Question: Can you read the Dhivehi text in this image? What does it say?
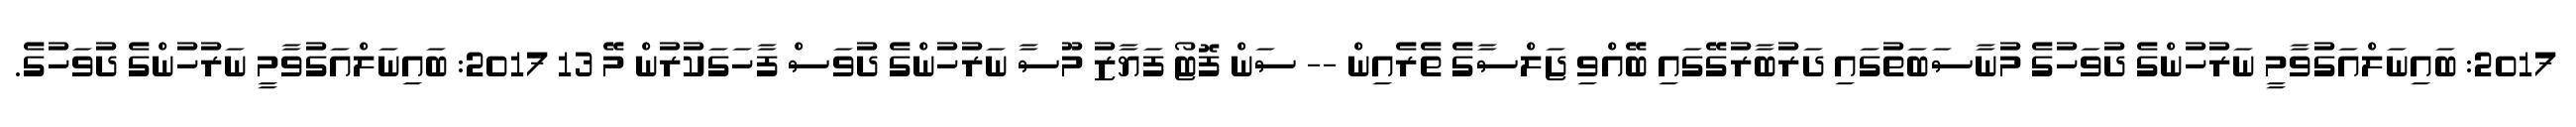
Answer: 2017: ބައިނަލްއަގުވާމީ ނަރުހުންގެ ދުވަހުގެ މުނާސަބަތުގައި ދަރުބާރުގޭގައި ބޭއްވި ޖަލްސާގެ ތެރެއިން -- ސަން ފޮޓޯ ފަޔާޒު މޫސާ ނަރުހުންގެ ދުވަސް ފާހަގަކުރުން މޭ 13 2017: ބައިނަލްއަގުވާމީ ނަރުހުންގެ ދުވަހުގެ.